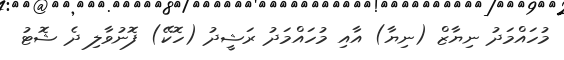
މުހައްމަދު ނިޔާޒް (ނިޔާ) އާއި މުހައްމަދު ރަޝީދު (ހޮކޭ) ފޮނުވާލި ދެ ޝޮޓު